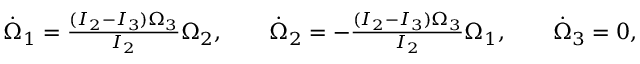
\begin{array} { r } { \dot { \Omega } _ { 1 } = \frac { ( I _ { 2 } - I _ { 3 } ) \Omega _ { 3 } } { I _ { 2 } } \Omega _ { 2 } , \qquad \dot { \Omega } _ { 2 } = - \frac { ( I _ { 2 } - I _ { 3 } ) \Omega _ { 3 } } { I _ { 2 } } \Omega _ { 1 } , \qquad \dot { \Omega } _ { 3 } = 0 , } \end{array}